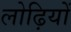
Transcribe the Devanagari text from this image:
लोढ़ियों